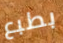
بطبع